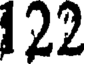
122